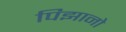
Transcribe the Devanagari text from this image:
पिझानो